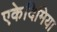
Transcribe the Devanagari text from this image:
एकेदिमिया